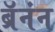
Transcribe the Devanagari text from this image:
ब्रॅनंन